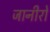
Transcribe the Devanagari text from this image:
जानीरो